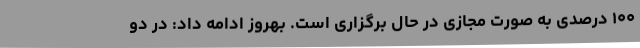
۱۰۰ درصدی به صورت مجازی در حال برگزاری است. بهروز ادامه داد: در دو